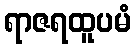
ရာဇရထူပမံ